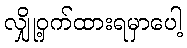
လျှို့ဝှက်ထားရမှာပေါ့